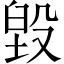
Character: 毀